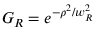
G _ { R } = e ^ { - \rho ^ { 2 } / w _ { R } ^ { 2 } }